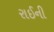
રાઈની